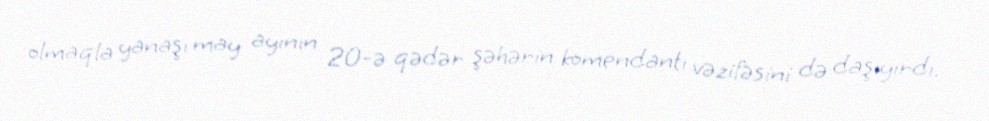
olmaqla yanaşı may ayının 20-ə qədər şəhərin komendantı vəzifəsini də daşıyırdı.